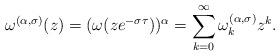
LaTeX: \begin{align*}\omega^{(\alpha,\sigma)}(z)=(\omega(z e^{-\sigma\tau}))^{\alpha}=\sum_{k=0}^{\infty}\omega^{(\alpha,\sigma)}_kz^k.\end{align*}